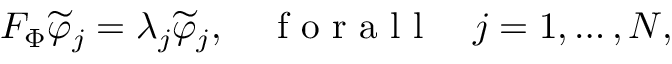
F _ { \Phi } \widetilde { \varphi } _ { j } = \lambda _ { j } \widetilde { \varphi } _ { j } , \quad \mathrm { ~ f ~ o ~ r ~ a ~ l ~ l ~ } \quad j = 1 , \ldots , N ,